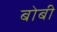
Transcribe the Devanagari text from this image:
बोबी